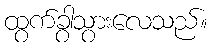
ထွက်ခွာသွားလေသည်။